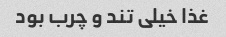
غذا خیلی تند و چرب بود